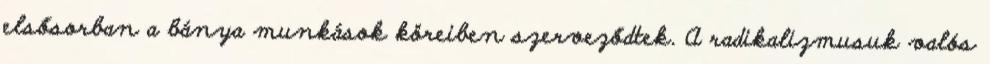
elsősorban a bánya munkások köreiben szerveződtek. A radikalizmusuk valós